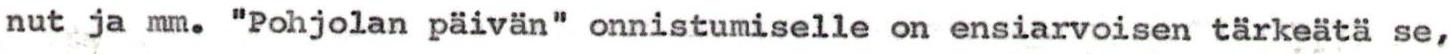
nut ja mm. "Pohjolan päivän" onnistumiselle on ensiarvoisen tärkeätä se,